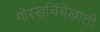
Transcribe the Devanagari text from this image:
गोरखचिंचेखाली